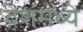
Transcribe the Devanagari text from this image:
देशंमध्ये